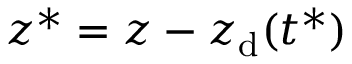
z ^ { * } = z - z _ { \mathrm { d } } ( t ^ { * } )